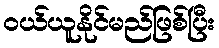
ဝယ်ယူနိုင်မည်ဖြစ်ပြီး